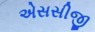
એસસીજી